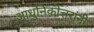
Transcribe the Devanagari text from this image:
आधुनिकोत्तरांनी